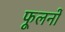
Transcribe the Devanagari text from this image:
फूलनों